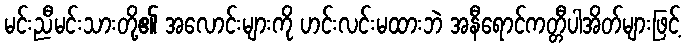
မင်းညီမင်းသားတို့၏ အလောင်းများကို ဟင်းလင်းမထားဘဲ အနီရောင်ကတ္တီပါအိတ်များဖြင့်